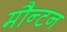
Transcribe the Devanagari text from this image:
मौन्टन